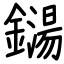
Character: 鐋